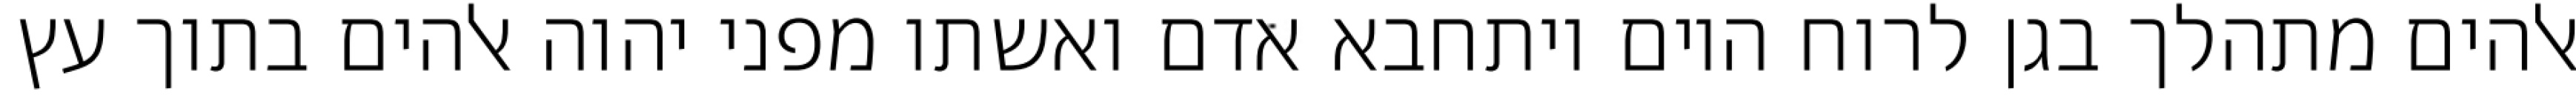
אלהים מתהלך בגן לרוח היום ויתחבא אדם ואשתו מפני יהוה אלהים בתוך עץ